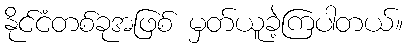
နိုင်ငံတစ်ခုအဖြစ် မှတ်ယူခဲ့ကြပါတယ်။